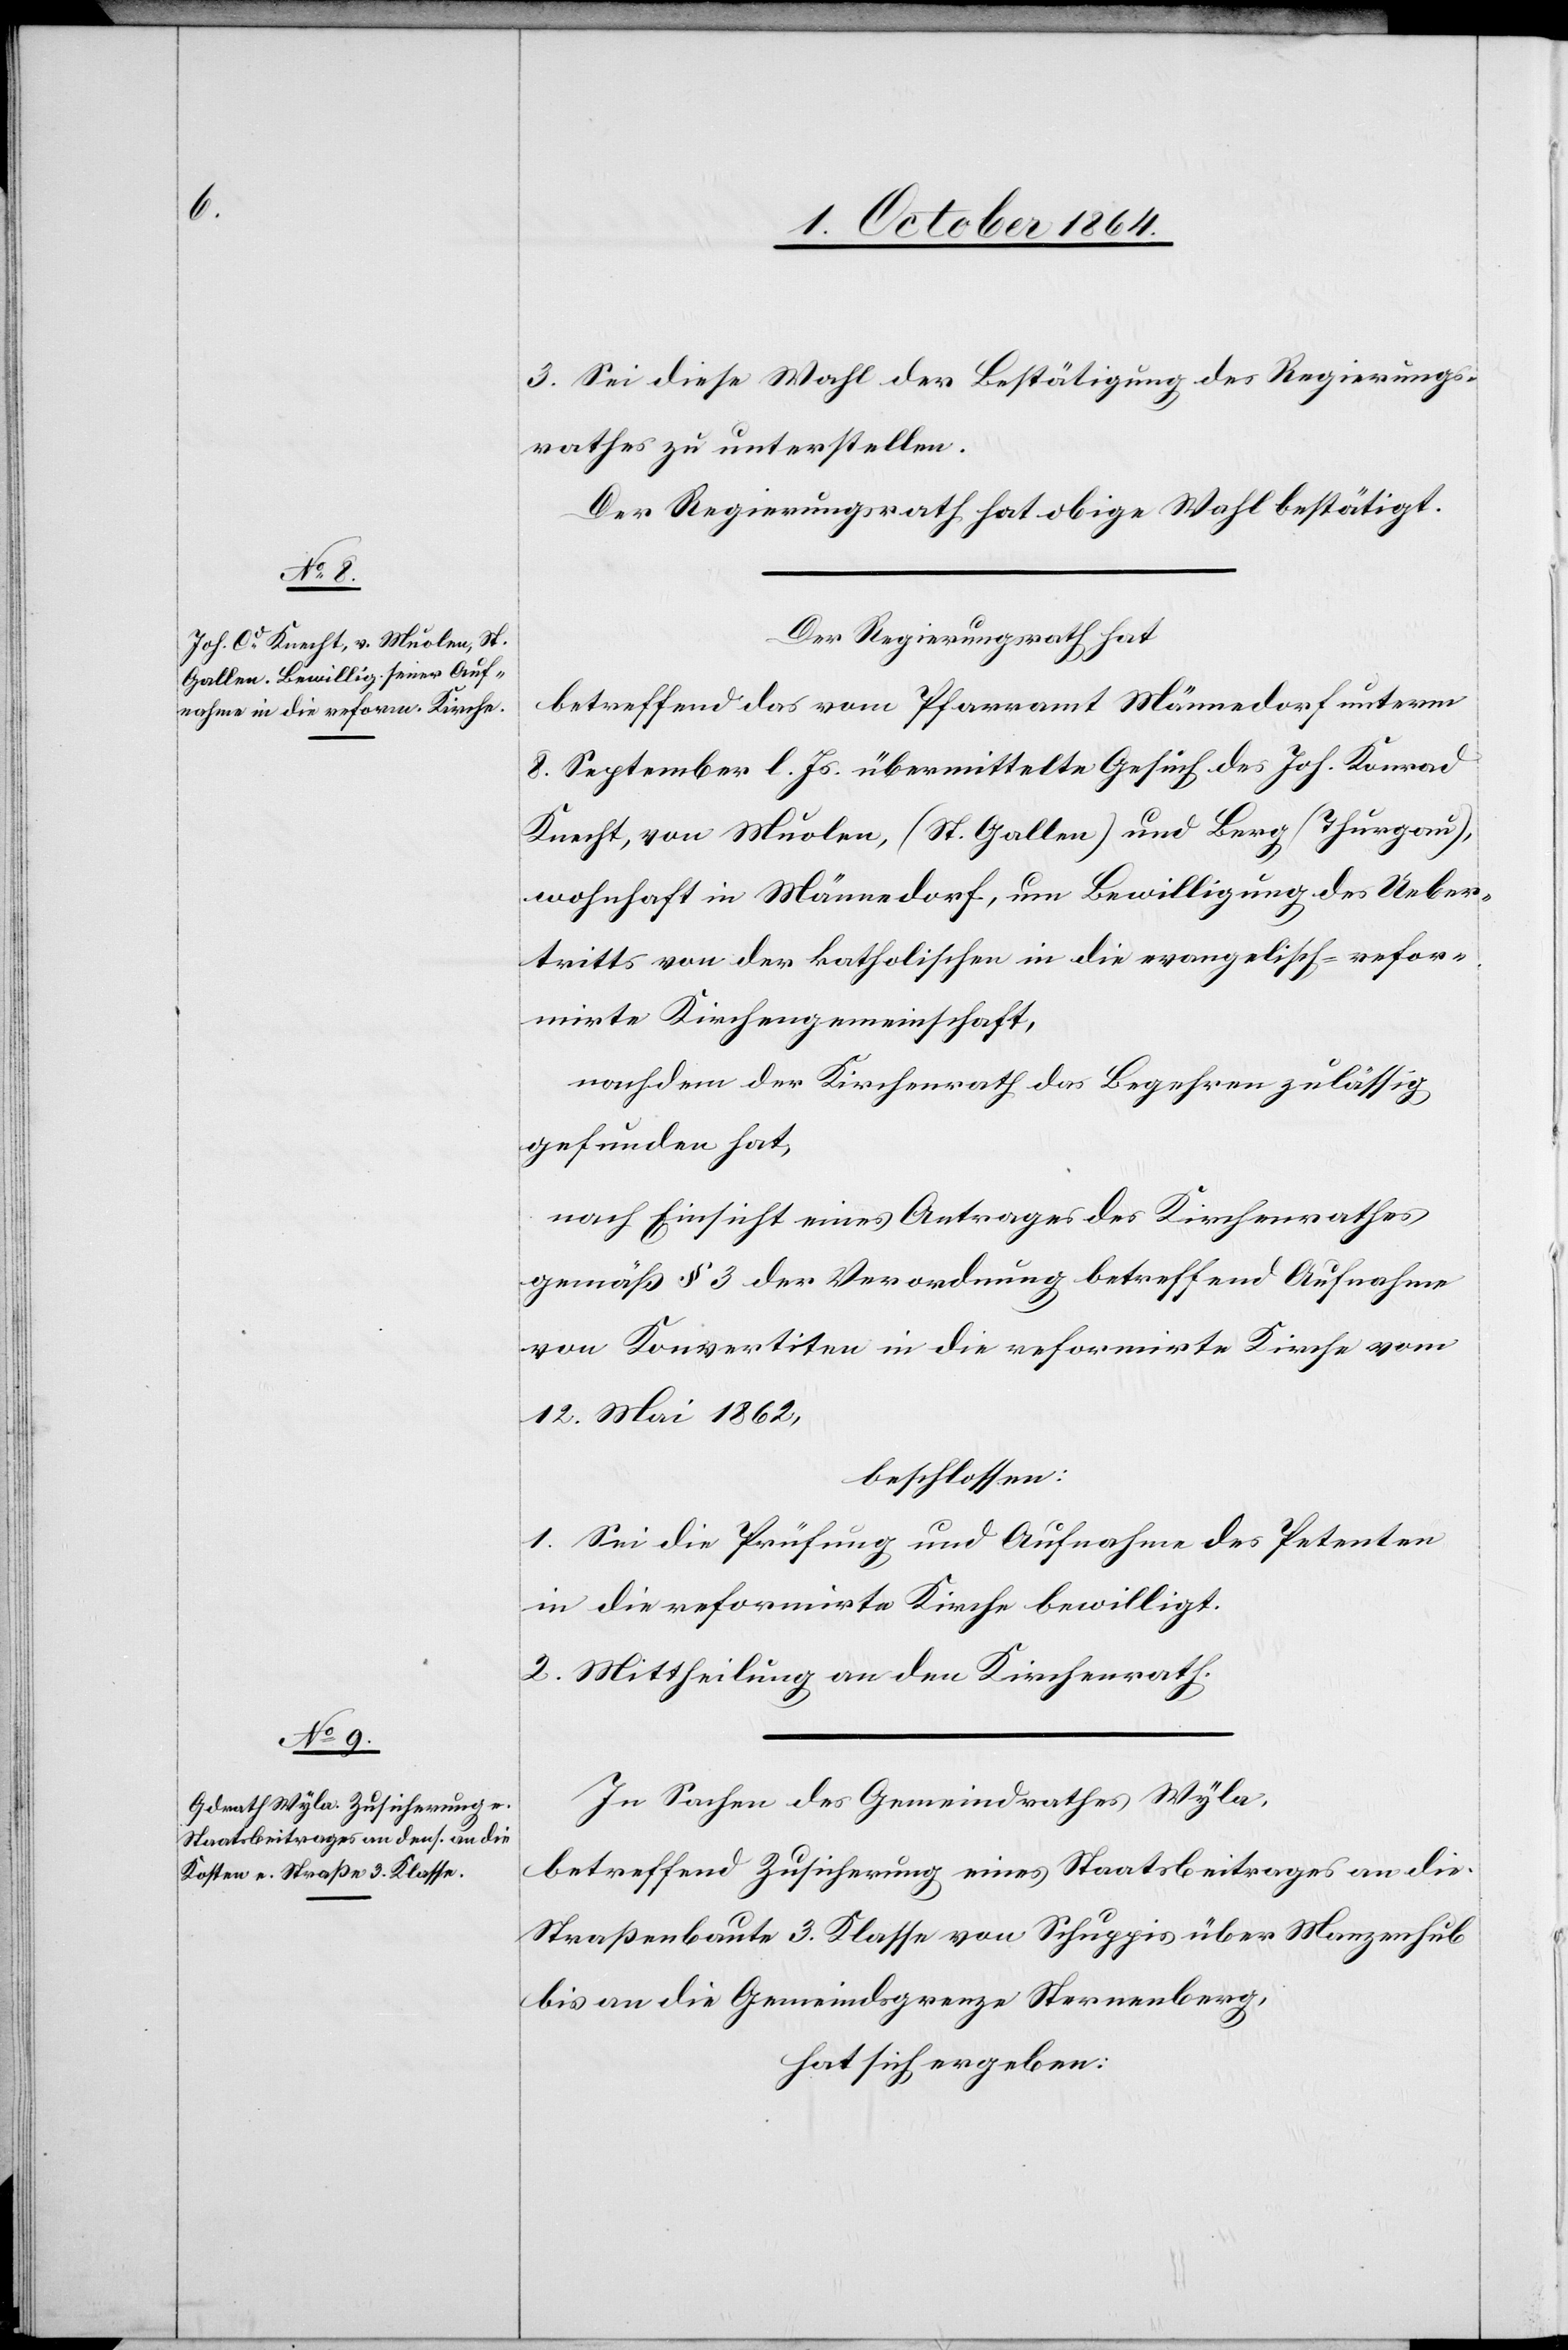
3. Sei diese Wahl der Bestätigung des Regierungs¬
rathes zu unterstellen.
Der Regierungsrath hat obige Wahl bestätigt.
Der Regierungsrath hat
betreffend das vom Pfarramt Männedorf unterm
8. September l. Js. übermittelte Gesuch des Joh. Konrad
Knecht, von Muolen (St. Gallen) und Berg (Thurgau),
wohnhaft in Männedorf, um Bewilligung des Ueber¬
tritts von der katholischen in die evangelisch-refor¬
mirte Kirchengemeinschaft,
nachdem der Kirchenrath das Begehren zulässig
gefunden hat,
nach Einsicht eines Antrages des Kirchenrathes
gemäß § 3 der Verordnung betreffend Aufnahme
von Konvertiten in die reformirte Kirche vom
12. Mai 1862,
beschlossen:
1. Sei die Prüfung und Aufnahme des Petenten
in die reformirte Kirche bewilligt.
2. Mittheilung an den Kirchenrath.
In Sachen des Gemeindrathes Wyla,
betreffend Zusicherung eines Staatsbeitrages an die
Straßenbaute 3. Klasse von Schuppis über Manzenhub
bis an die Gemeindsgrenze Sternenberg,
hat sich ergeben: